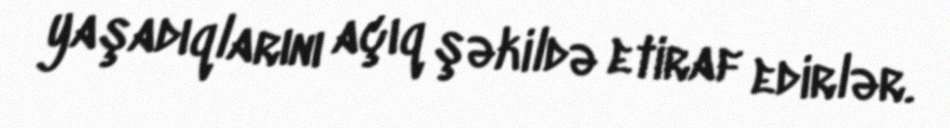
yaşadıqlarını açıq şəkildə etiraf edirlər.